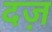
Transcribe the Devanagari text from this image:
दज़